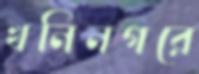
খনিনগরে